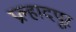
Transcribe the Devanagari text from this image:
प्रल्हादपूर